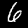
Label: 6